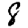
Digit: 8